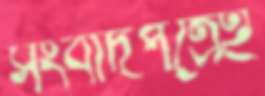
সংবাদপত্রেই